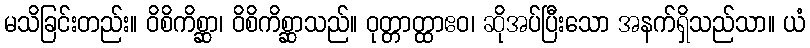
မသိခြင်းတည်း။ ဝိစိကိစ္ဆာ၊ ဝိစိကိစ္ဆာသည်။ ဝုတ္တာတ္ထာဧဝ၊ ဆိုအပ်ပြီးသော အနက်ရှိသည်သာ။ ယံ